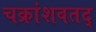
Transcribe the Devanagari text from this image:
चक्रांशवतद्